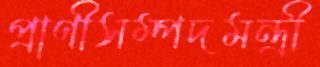
প্রাণীসম্পদমন্ত্রী